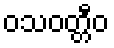
ဝသဝတ္တီဝ